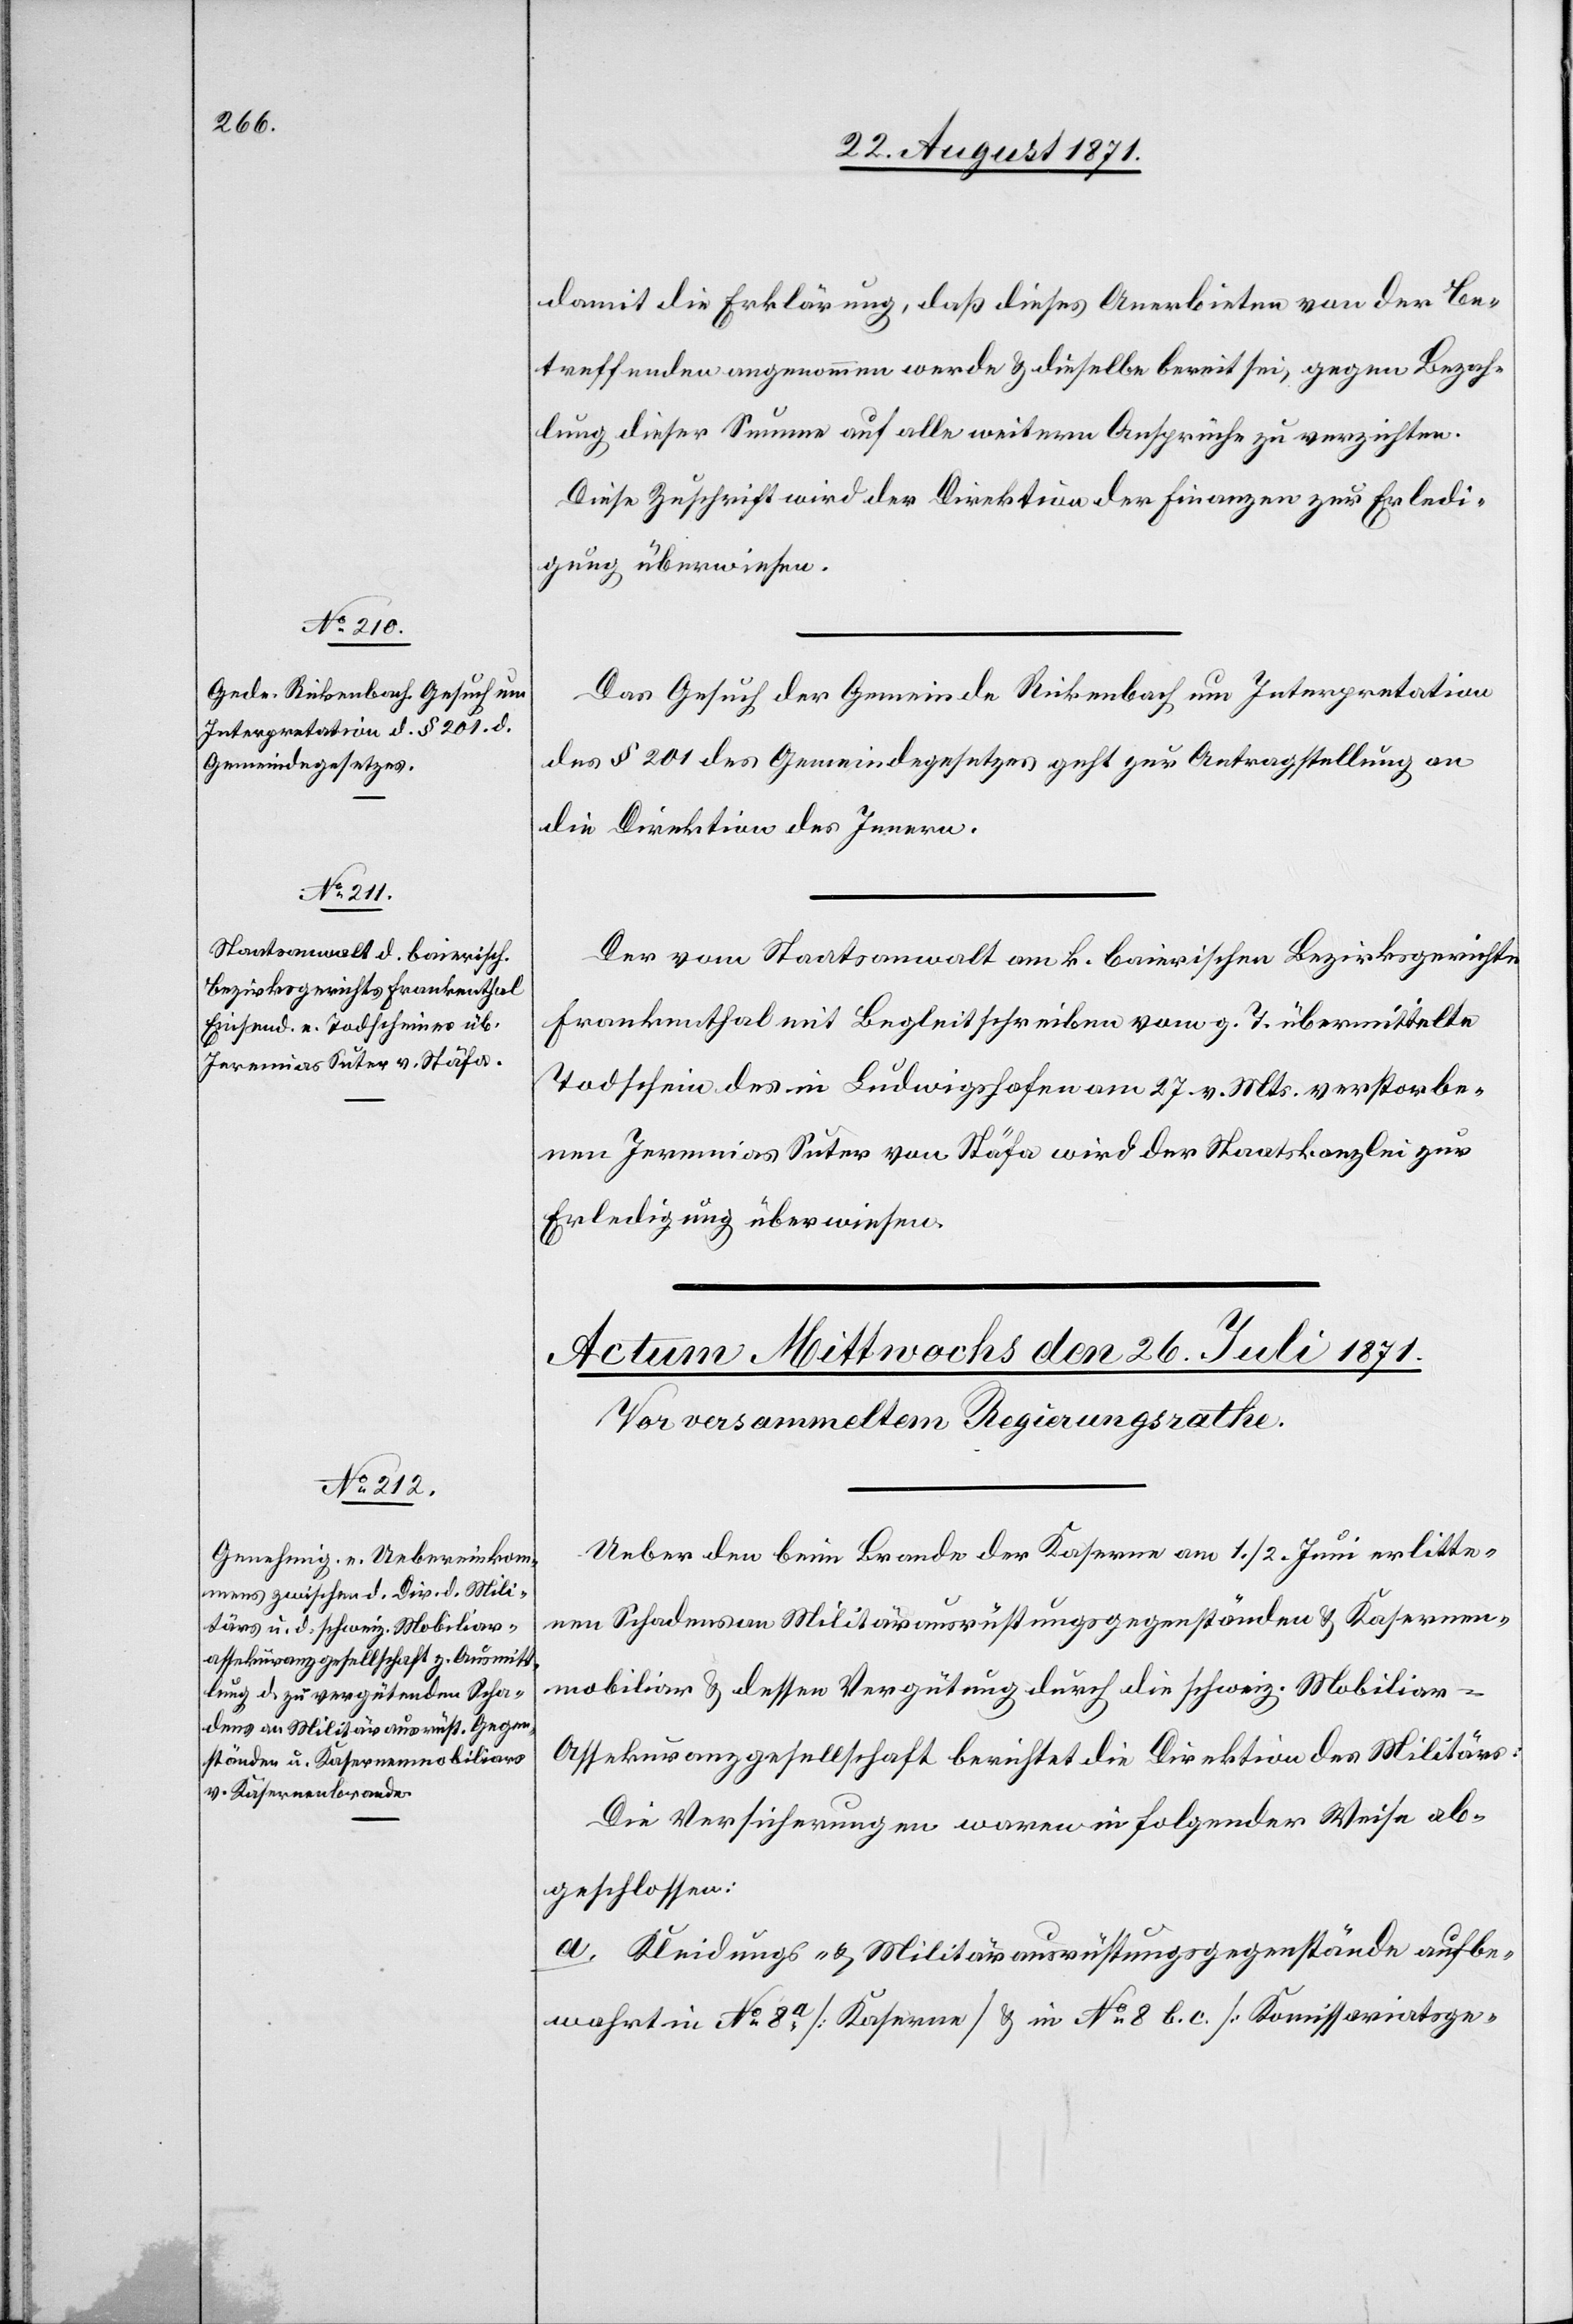
damit die Erklärung, daß dieses Anerbieten von der Be¬
treffenden angenommen werde u. dieselbe bereits sei, gegen Bezah¬
lung dieser Summe auf alle weiteren Ansprüche zu verzichten.
Diese Zuschrift wird der Direktion der Finanzen zur Erledi¬
gung überwiesen.
Das Gesuch der Gemeinde Rickenbach um Interpretation
des § 201 des Gemeindegesetzes geht zur Antragstellung an
die Direktion des Innern.
Der vom Staatsanwalt am k. baierischen Bezirksgerichte
Frankenthal mit Begleitschreiben vom g. T. übermittelte
Todschein des in Ludwigshafen am 27. v. Mts. verstorbe¬
nen Jeremias Suter von Stäfa wird der Staatskanzlei zur
Erledigung überwiesen.
Ueber den beim Brande der Kaserne am 1./2. Juni erlitte¬
nen Schaden an Militärausrüstungsgegenständen u. Kasernen¬
mobiliar u. dessen Vergütung durch die schweiz. Mobiliar-A¬
ssekuranzgesellschaft berichtet die Direktion des Militärs:
Die Versicherungen waren in folgender Weise ab¬
geschlossen:
a. Kleidungs- u. Militärausrüstungsgegenstände aufbe¬
wahrt in No. 8.a [Kaserne] u. in No. 8 b.c. [Komissariatsge-